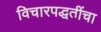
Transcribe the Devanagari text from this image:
विचारपद्धतींचा